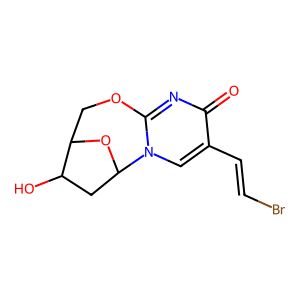
SMILES: O=c1nc2n(cc1C=CBr)C1CC(O)C(CO2)O1
Inhibits HIV replication: No